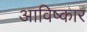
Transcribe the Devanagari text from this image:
आविष्‍कार